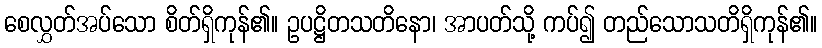
စေလွှတ်အပ်သော စိတ်ရှိကုန်၏။ ဥပဋ္ဌိတသတိနော၊ အာပတ်သို့ ကပ်၍ တည်သောသတိရှိကုန်၏။